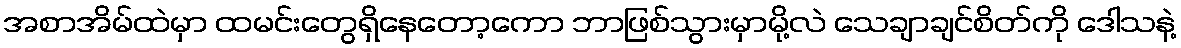
အစာအိမ်ထဲမှာ ထမင်းတွေရှိနေတော့ကော ဘာဖြစ်သွားမှာမို့လဲ သေချာချင်စိတ်ကို ဒေါသနဲ့